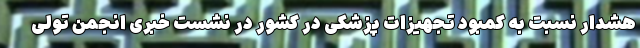
هشدار نسبت به کمبود تجهیزات پزشکی در کشور در نشست خبری انجمن تولی